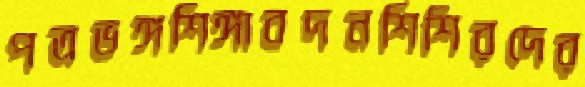
পত্রভঙ্গশিঙ্গাবদনশিশিরদের